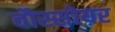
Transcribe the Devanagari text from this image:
वौस्सोयर